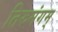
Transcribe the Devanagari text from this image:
तिरुमंगम्‌